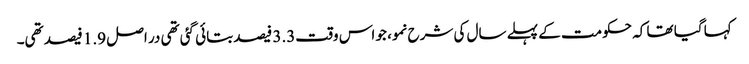
کہا گیا تھا کہ حکومت کے پہلے سال کی شرح نمو، جو اس وقت3.3 فیصد بتائی گئی تھی در اصل 1.9 فیصد تھی۔